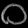
Digit: ၀